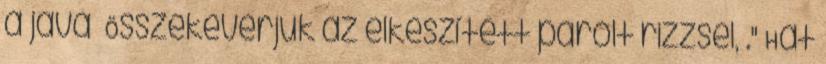
a java Összekeverjük az elkészített párolt rizzsel, ." Hát